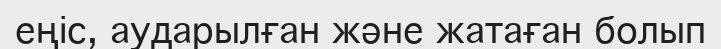
еңіс, аударылған және жатаған болып